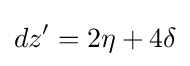
dz'=2\eta +4\delta